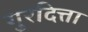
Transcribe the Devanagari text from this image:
गुरदित्ता